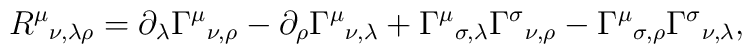
R^{\mu}{ }_{\nu, \lambda\rho} = \partial_{\lambda} \Gamma^{\mu}{ }_{\nu, \rho} - \partial_{\rho} \Gamma^{\mu}{ }_{\nu, \lambda}+ \Gamma^{\mu}{ }_{\sigma, \lambda}  \Gamma^{\sigma}{ }_{\nu, \rho} - \Gamma^{\mu}{ }_{\sigma, \rho}  \Gamma^{\sigma}{ }_{\nu, \lambda},